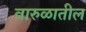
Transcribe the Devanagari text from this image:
वारुळातील